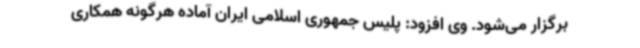
برگزار می‌شود. وی افزود: پلیس جمهوری اسلامی ایران آماده هرگونه همکاری